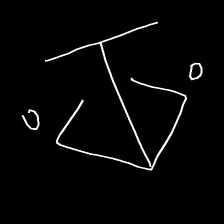
Glyph: earth